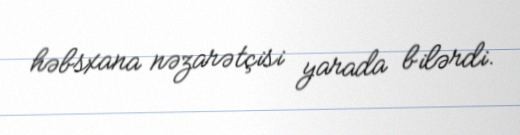
həbsxana nəzarətçisi yarada bilərdi.